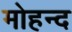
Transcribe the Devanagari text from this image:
मोहन्द